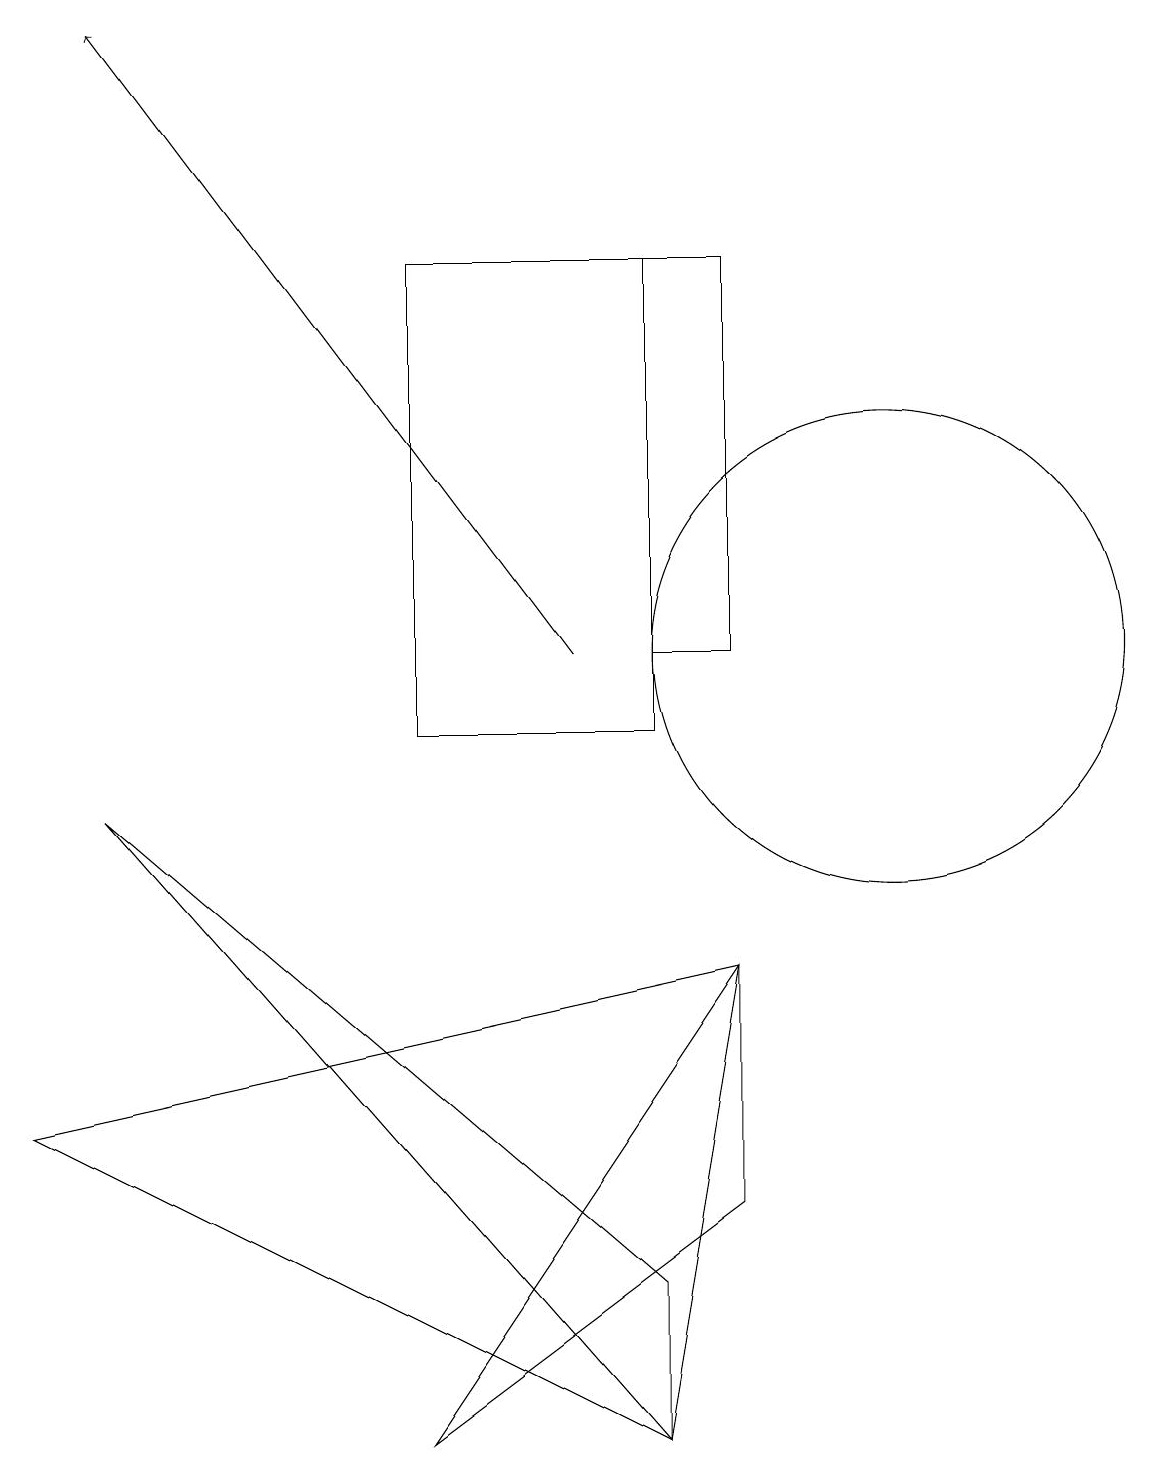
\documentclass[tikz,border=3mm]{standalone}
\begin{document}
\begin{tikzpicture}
\draw (8,3) -- (8,1) -- (1,9) -- cycle;
\draw (9,16) rectangle (8,11);
\draw (11,11) circle (3);
\draw (5,10) rectangle (8,16);
\draw (8,1) -- (9,7) -- (0,5) -- cycle;
\draw[->] (7,11) -- (1,19);
\draw (5,1) -- (9,7) -- (9,4) -- cycle;
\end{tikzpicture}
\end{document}